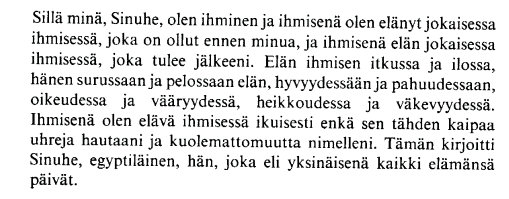
Language: fn